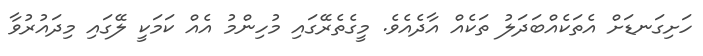
ހަށިގަނޑަށް އެތަކެއްބަދަލު ތަކެއް އާދެއެވެ. މީގެތެރޭގައި މުހިންމު އެއް ކަމަކީ ލޭގައި މިދައުރުވާ